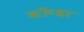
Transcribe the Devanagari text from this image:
कॉण्डर